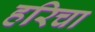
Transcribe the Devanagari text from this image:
हरिचा